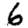
Digit: 6